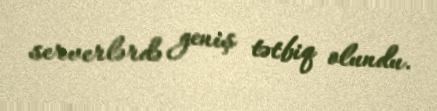
serverlərdə geniş tətbiq olundu.